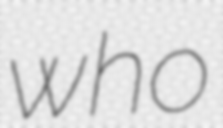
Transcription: who